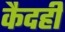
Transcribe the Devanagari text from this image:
कैदही